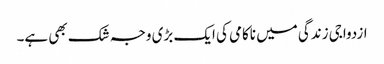
ازدواجی زندگی میں ناکامی کی ایک بڑی وجہ شک بھی ہے۔